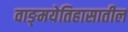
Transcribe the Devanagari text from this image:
वाङ्‌मयेतिहासातील